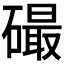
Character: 𥕸